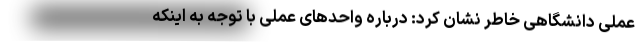
عملی دانشگاهی خاطر نشان کرد: درباره واحدهای عملی با توجه به اینکه